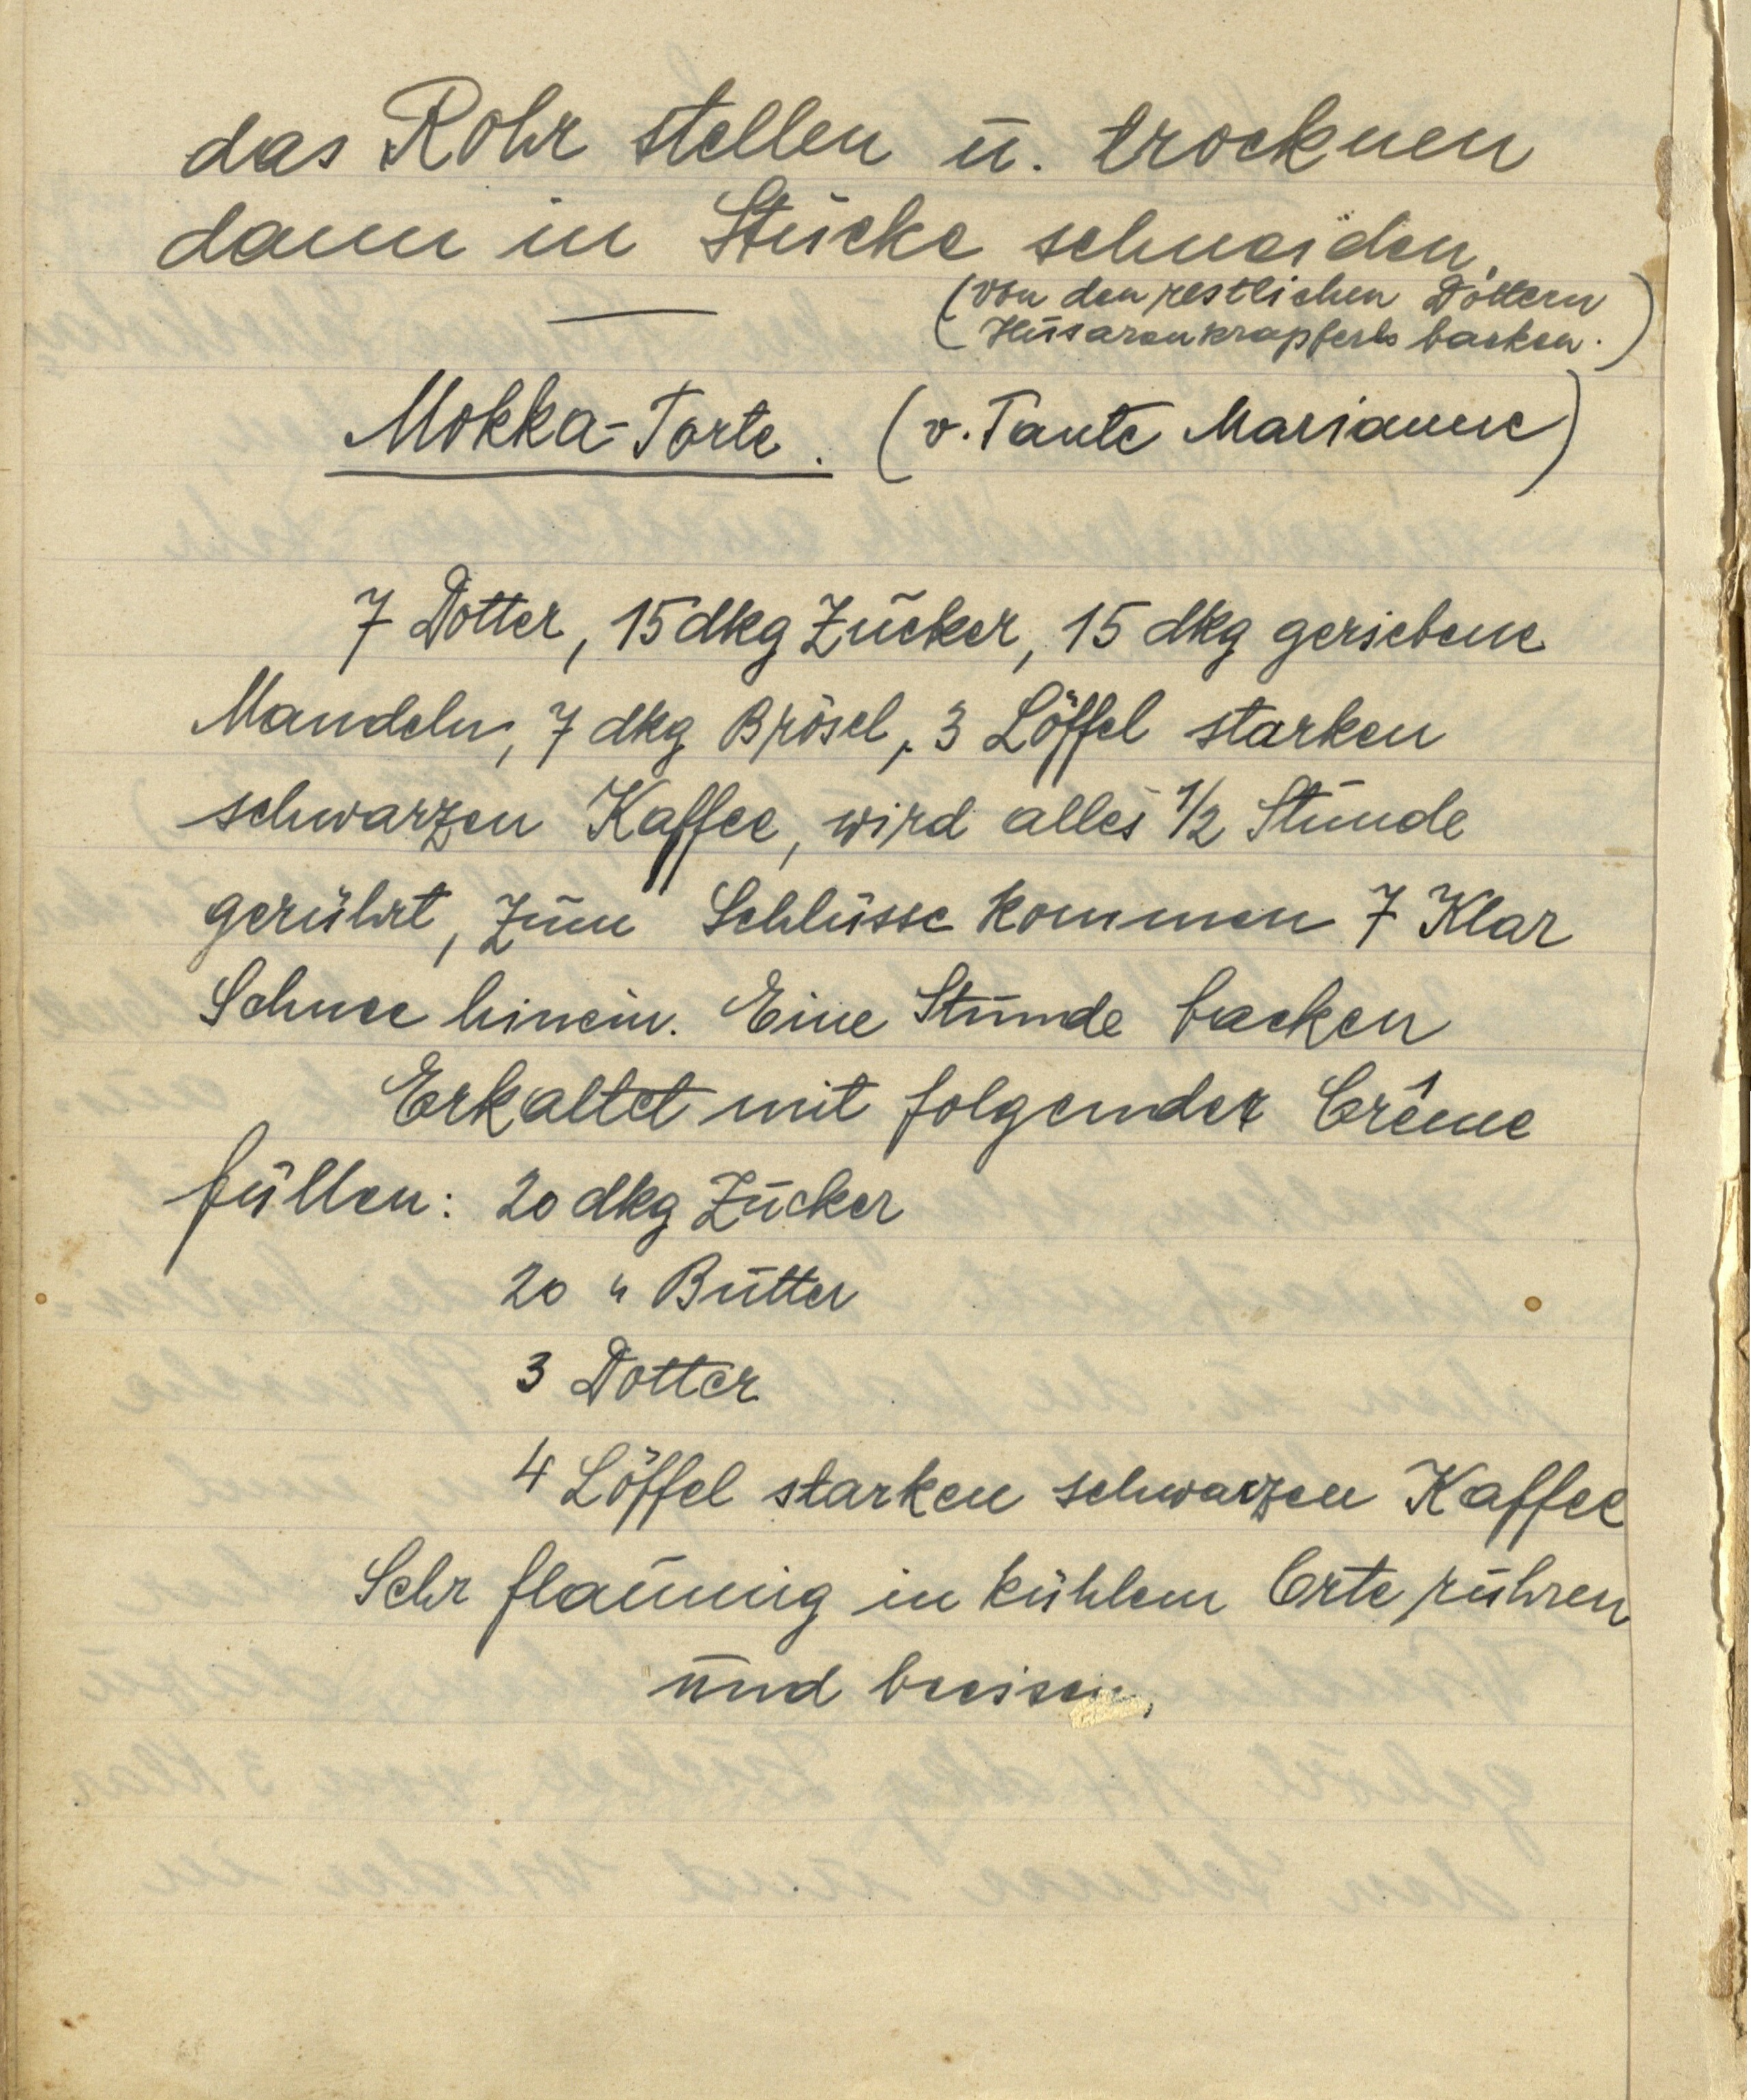
das Rohr stellen u. trocknen
dann in Stücke schneiden
(von den restlichen Dottern
Husarenkrapferl backen.)

Mokka — Torte. (v. Tante Marianne)

7 Dotter, 15 dkg Zucker, 15 dkg geriebene
Mandeln, 7 dkg Brösel, 3 Löffel starken
schwarzen Kaffee, wird alles ½ Stunde
gerührt, zum Schlusse kommen 7 Klar
Schnee hinein. Eine Stunde backen
Erkaltet mit folgender Crême
füllen: 20 dkg Zucker
20 " Butter
3 Dotter
4 Löffel starken schwarzen Kaffee
Sehr flaumig in kühlem Orte rühren
und beeisen.